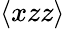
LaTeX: \langle xzz\rangle